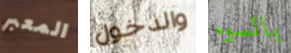
المعبر والدخول بالسوء